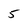
Character: 5